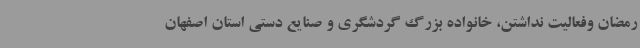
رمضان وفعالیت نداشتن، خانواده بزرگ گردشگری و صنایع دستی استان اصفهان